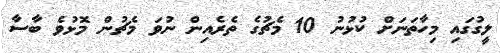
ލީގުގައި މިހާތަނަށް ކުޅުނު 10 މެޗުގެ ތެރެއިން ނުވަ މެޗުން މޮޅުވެ ބާސާ